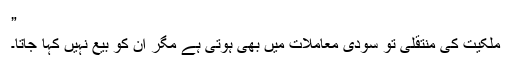
”
ملکیت کی منتقلی تو سودی معاملات میں بھی ہوتی ہے مگر ان کو بیع نہیں کہا جاتا۔